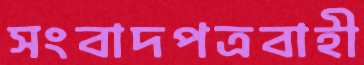
সংবাদপত্রবাহী